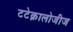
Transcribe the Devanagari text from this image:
टटेक्नालोजीज